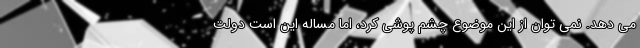
می دهد. نمی توان از این موضوع چشم پوشی کرد، اما مساله این است دولت